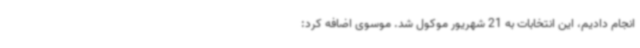
انجام دادیم، این انتخابات به 21 شهریور موکول شد. موسوی اضافه کرد: